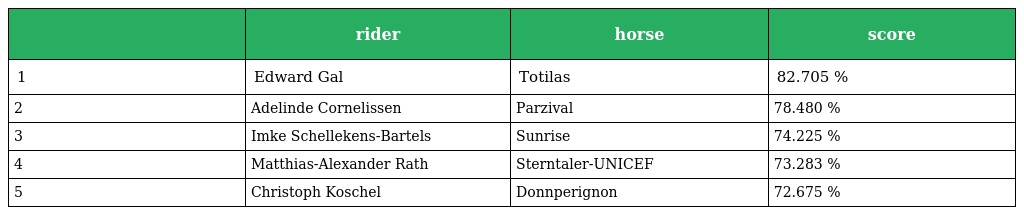
|  | rider | horse | score |
 | --- | --- | --- | --- |
 | 1 | Edward Gal | Totilas | 82.705 % |
 | 2 | Adelinde Cornelissen | Parzival | 78.480 % |
 | 3 | Imke Schellekens-Bartels | Sunrise | 74.225 % |
 | 4 | Matthias-Alexander Rath | Sterntaler-UNICEF | 73.283 % |
 | 5 | Christoph Koschel | Donnperignon | 72.675 % |